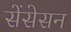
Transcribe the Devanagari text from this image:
सेंसेसन